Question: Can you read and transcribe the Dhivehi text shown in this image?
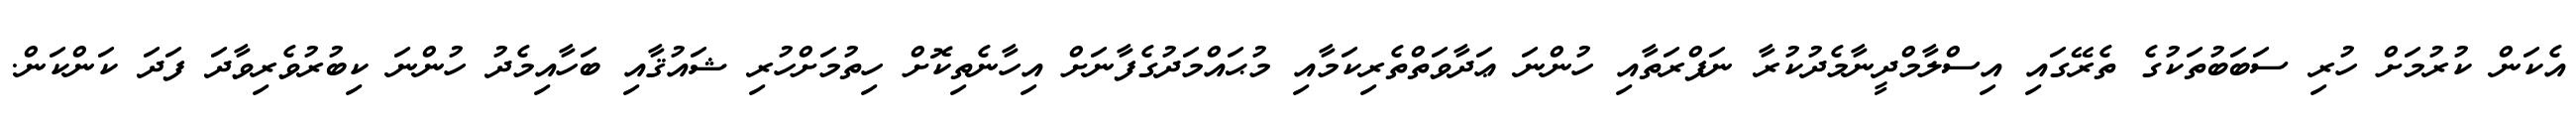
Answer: އެކަން ކުރުމަށް ހުރި ސަބަބުތަކުގެ ތެރޭގައި އިސްލާމްދީނާމެދުކުރާ ނަފްރަތާއި ހުންނަ ޢަދާވަތްތެރިކަމާއި މުޙައްމަދުގެފާނަށް އިހާނެތިކޮށް ހިތުމަށްހުރި ޝައުޤާއި ބަހާއިމެދު ހުންނަ ކިބުރުވެރިވާދަ ފަދަ ކަންކަން.